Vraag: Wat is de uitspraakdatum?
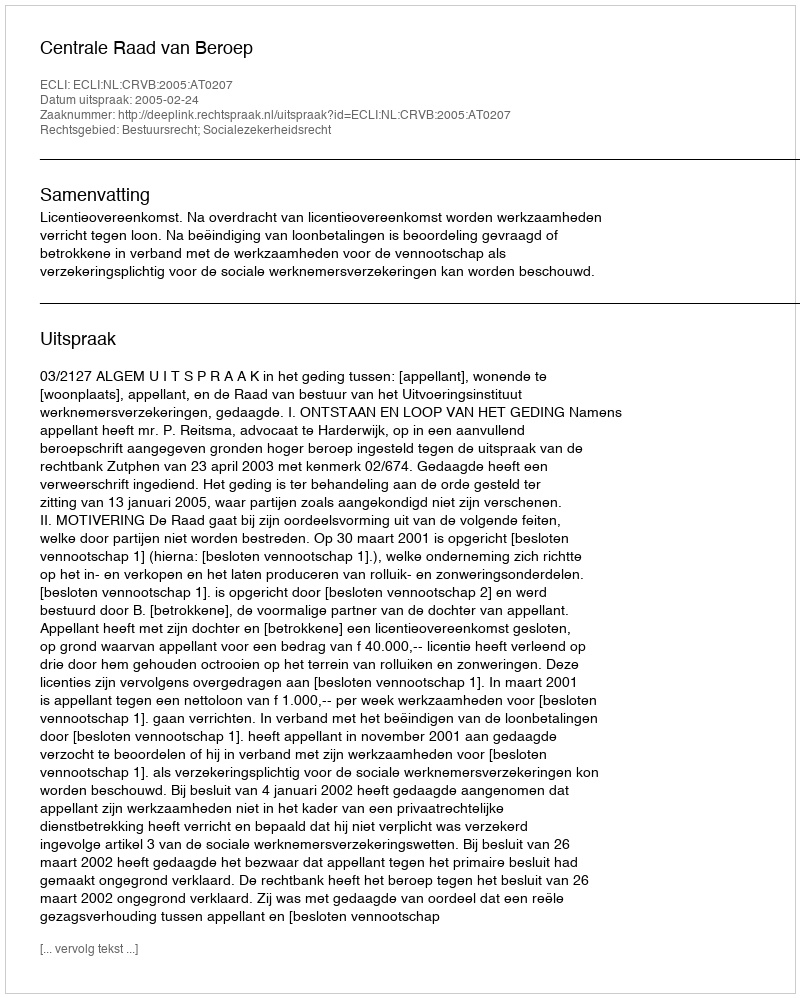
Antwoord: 2005-02-24